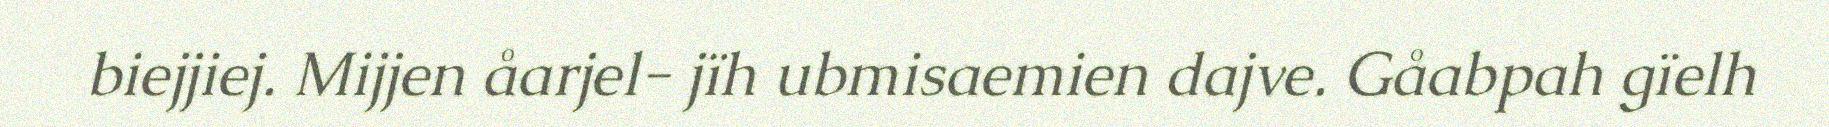
biejjiej. Mijjen åarjel- jïh ubmisaemien dajve. Gåabpah gïelh